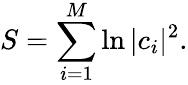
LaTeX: S=\sum_{i=1}^{M}\ln|c_{i}|^{2}.